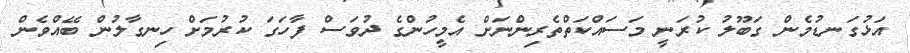
އަޅުގަނޑުމެން ގަބޫލު ކުރަނީ މަސައްކަތްތެރިންނަށް އެމީހުންގެ ދުވަސް ފާހަގަ ކުރުމަށް ހިނގާލުން ބޭއްވެން